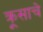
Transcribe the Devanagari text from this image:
क्रूसाचे